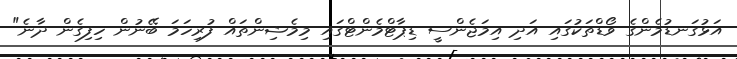
އަޅުގަނޑުމެންގެ ވޯޑްތަކުގައި އަދި އިމަޖެންސީ ޑިޕާޓްމެންޓްގައި މިމެޝިންތައް ފުރިހަމަ ބޭނުން ހިފިގެން ދާނެ"